Annual administration report of the Civil Veterinary Department, Ajmere-Merwara, British Rajputana - 1914-1940
Year: 1914
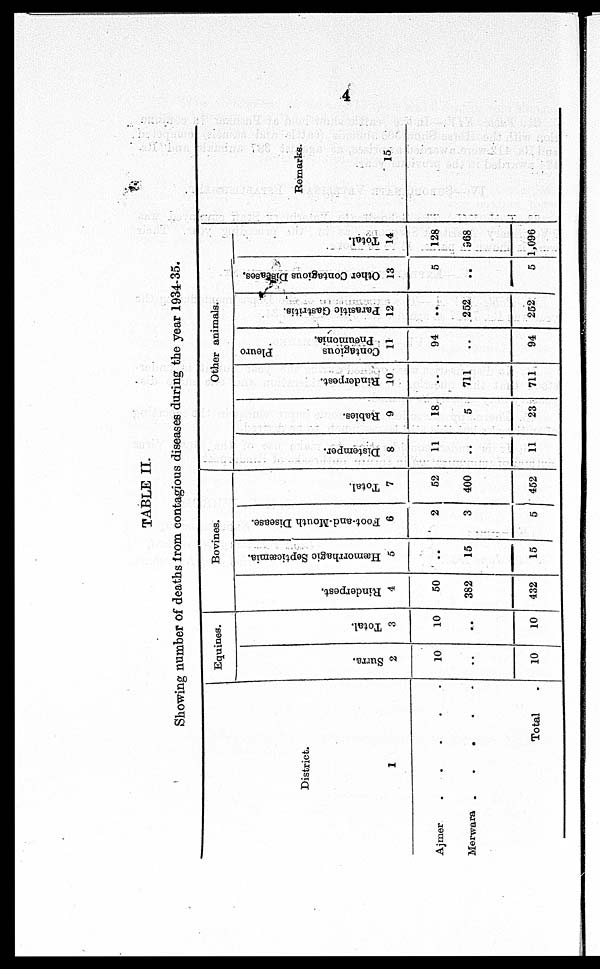
4
TABLE II.
Showing number of deaths from contagious diseases during the year 1934-35.
District.
1
Ajmer . . . .
Merwara . . . . .
Total
Equines.
Surra.
2
10
..
10
Total.
3
10
..
10
Bovines.
Rinderpest.
4
50
382
432
Hæmorrhagic Septicæmia.
5
..
15
15
Foot-and-Mouth Disease.
6
2
3
5
Total.
7
52
400
452
Other animals.
Distemper.
8
11
..
11
Rabies.
9
18
5
23
Rinderpest.
10
..
711
711
Contagious
Pleuro
Pneumonia.
11
94
..
94
Parasitic Gastritis.
12
..
252
252
Other Contagious Diseases.
13
5
..
5
Total.
14
128
968
1,096
Remarks.
15